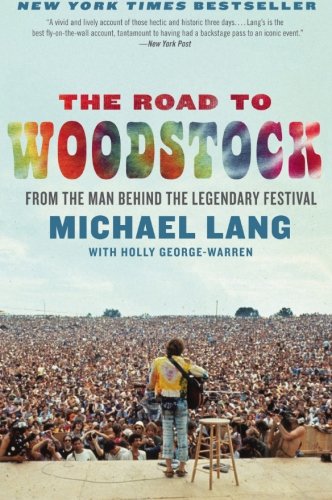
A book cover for The Road to Woodstock; Michael Lang; Biographies & Memoirs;